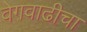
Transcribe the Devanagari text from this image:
वेगवाढीचा